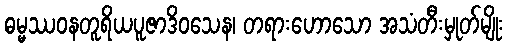
ဓမ္မဿဝနတူရိယပူဇာဒိဝသေန၊ တရားဟောသော အသံတီးမှုတ်မျိုး